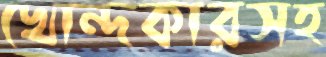
খোন্দকারসহ